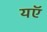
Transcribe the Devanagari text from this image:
यऍ